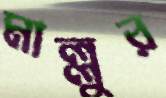
মাল্লুর